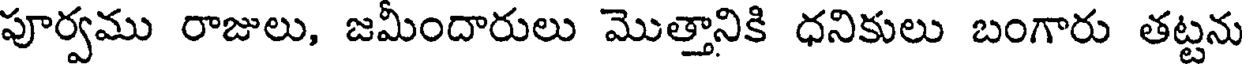
పూర్వము రాజులు, జమీందారులు మొత్తానికి ధనికులు బంగారు తట్టను